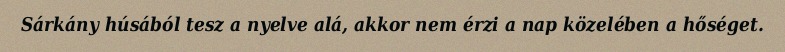
Sárkány húsából tesz a nyelve alá, akkor nem érzi a nap közelében a hőséget.